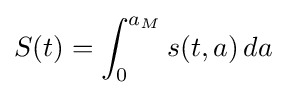
S(t)=\int _{0}^{a_{M}}s(t,a)\,da